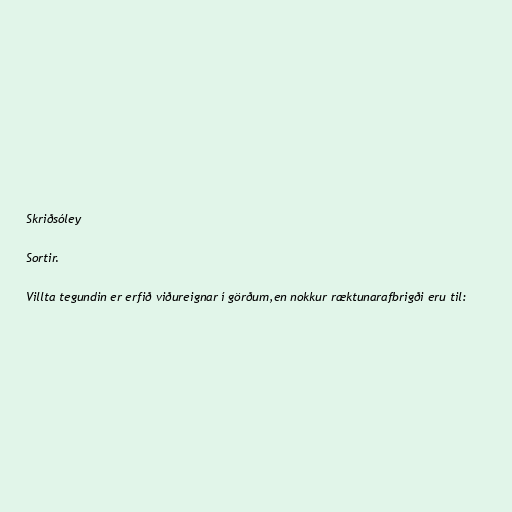
Skriðsóley

Sortir.

Villta tegundin er erfið viðureignar í görðum,en nokkur ræktunarafbrigði eru til: